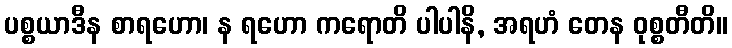
ပစ္စယာဒီန စာရဟော၊ န ရဟော ကရောတိ ပါပါနိ, အရဟံ တေန ဝုစ္စတီတိ။